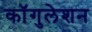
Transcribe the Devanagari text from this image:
कॉगुलेशन